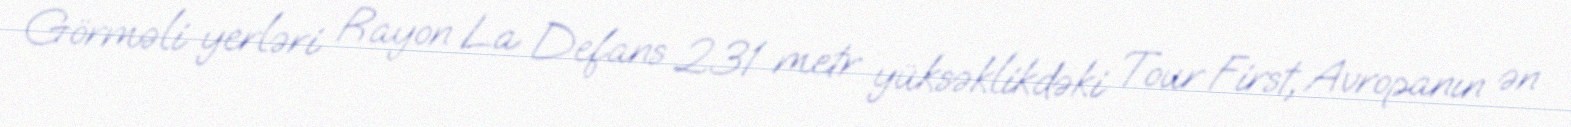
Görməli yerləri Rayon La Defans 231 metr yüksəklikdəki Tour First, Avropanın ən